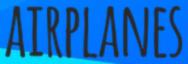
AIRPLANES